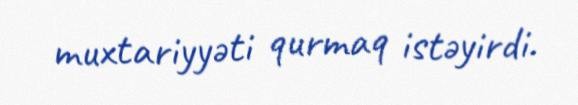
muxtariyyəti qurmaq istəyirdi.